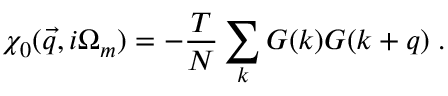
\chi _ { 0 } ( \vec { q } , i \Omega _ { m } ) = - \frac { T } { N } \sum _ { k } G ( k ) G ( k + q ) \; .